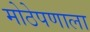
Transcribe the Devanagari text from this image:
मोठेपणाला